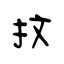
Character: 抆